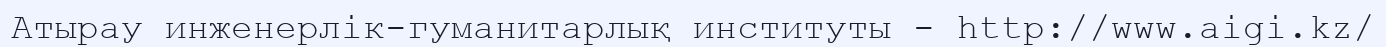
Атырау инженерлік-гуманитарлық институты - http://www.aigi.kz/